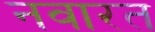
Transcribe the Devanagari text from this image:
नवारत